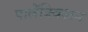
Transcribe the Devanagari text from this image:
पालेंक्विअम